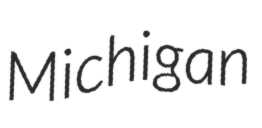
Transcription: Michigan